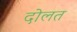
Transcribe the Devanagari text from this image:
दोलत